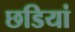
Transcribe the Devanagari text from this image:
छडियां